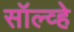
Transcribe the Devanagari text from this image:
सॉल्व्हे